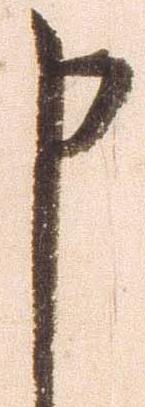
申